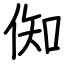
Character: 倁